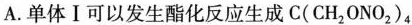
A.单体Ⅰ可以发生酯化反应生成C(CH_{2}ONO_{2})_{4}